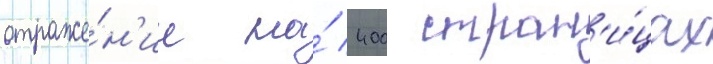
отраже́н'ие на́ 400 стран'и́цах